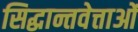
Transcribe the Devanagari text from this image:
सिद्धान्तवेत्ताओं